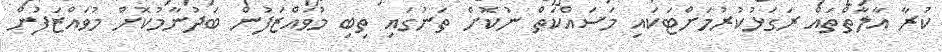
ކުރާ އާލާތްތައް ރަގަޅުކުރުމަށްޓަކައި މަސައްކަތް ނުކޮށް ތަނުގައި ތިބި މުވައްޒަފުން ބަދުނާމުކޮށް މުވައްޒަފުން